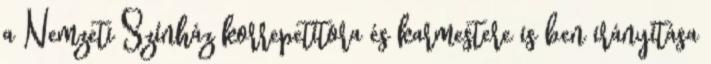
a Nemzeti Színház korrepetítora és karmestere is ben irányítása